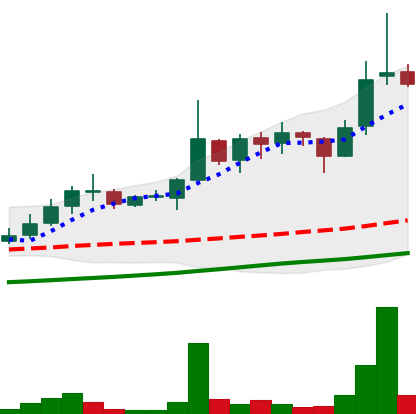
Ticker: LINK-USD
Chart end date: 2018-11-02
Forward return: -3.723%
Label: down_3_5